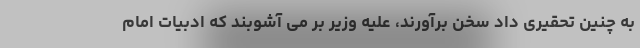
به چنین تحقیری داد سخن برآورند، علیه وزیر بر می آشوبند که ادبیات امام